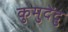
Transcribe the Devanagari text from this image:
कुमुदेंदु